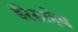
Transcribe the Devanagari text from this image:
डेरेसाहेब